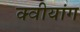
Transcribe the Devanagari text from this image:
क्वीयांग